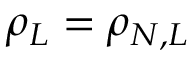
\rho _ { L } = \rho _ { N , L }